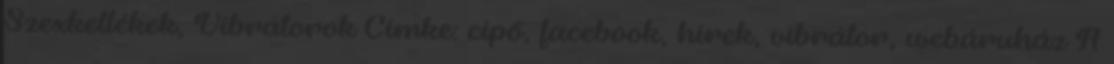
Szexkellékek, Vibrátorok Címke: cipő, facebook, hírek, vibrátor, webáruház A